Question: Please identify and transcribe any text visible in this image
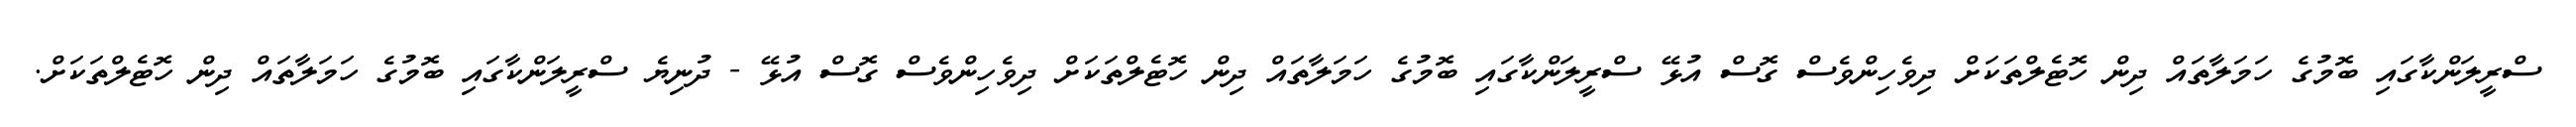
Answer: ސްރީލަންކާގައި ބޮމުގެ ހަމަލާތައް ދިން ހޮޓެލްތަކަށް ދިވެހިންވެސް ގޮސް އުޅޭ ސްރީލަންކާގައި ބޮމުގެ ހަމަލާތައް ދިން ހޮޓެލްތަކަށް ދިވެހިންވެސް ގޮސް އުޅޭ - ދުނިޔެ ސްރީލަންކާގައި ބޮމުގެ ހަމަލާތައް ދިން ހޮޓެލްތަކަށް.